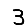
Digit: 3